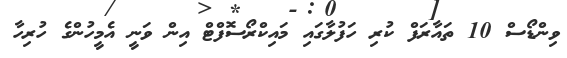
ވިންޑޯސް 10 ތައާރަފް ކުރި ހަފުލާގައި މައިކްރޯސޮފްޓް އިން ވަނީ އެމީހުންގެ ހުރިހާ